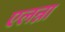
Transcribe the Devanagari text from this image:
एलन्ना